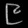
Digit: ၉